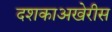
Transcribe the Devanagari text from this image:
दशकाअखेरीस